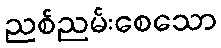
ညစ်ညမ်းစေသော